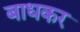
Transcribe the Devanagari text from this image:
बाधकर